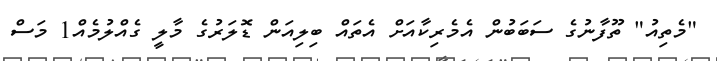
"މެތިއު" ތޫފާނުގެ ސަބަބުން އެމެރިކާއަށް އެތައް ބިލިއަން ޑޮލަރުގެ މާލީ ގެއްލުމެއް1 މަސް